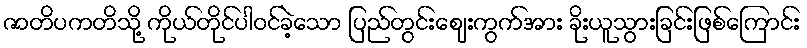
ဇာတိပကတိသို့ ကိုယ်တိုင်ပါဝင်ခဲ့သော ပြည်တွင်းဈေးကွက်အား ခိုးယူသွားခြင်းဖြစ်ကြောင်း